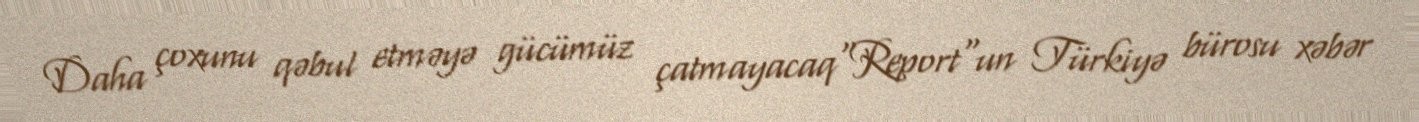
Daha çoxunu qəbul etməyə gücümüz çatmayacaq"Report"un Türkiyə bürosu xəbər